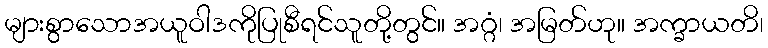
များစွာသောအယူဝါဒကိုပြုစီရင်သူတို့တွင်။ အဂ္ဂံ၊ အမြတ်ဟု။ အက္ခာယတိ၊